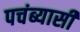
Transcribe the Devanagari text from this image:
पचंब्यासी